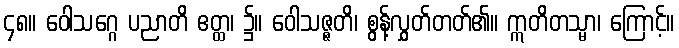
၄၈။ ဝေါသဂ္ဂေ ပညာတိ ဧတ္ထ၊ ၌။ ဝေါသဇ္ဇတိ၊ စွန့်လွှတ်တတ်၏။ ဣတိတသ္မာ၊ ကြောင့်။